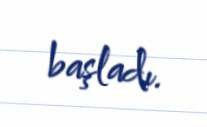
başladı.